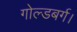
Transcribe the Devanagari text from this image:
गोल्डबर्ग।